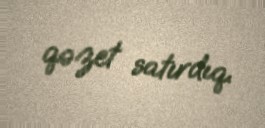
qəzet satırdıq.